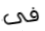
فى